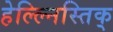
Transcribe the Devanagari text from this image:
हेल्ल्निस्तिक्